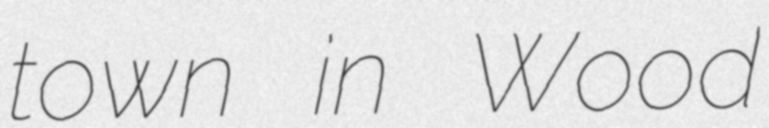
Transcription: town in Wood